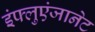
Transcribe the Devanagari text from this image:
इंफ्लुएंजानेट